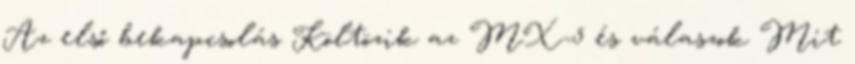
Az első bekapcsolás Költözik az MX-5 és válaszok Mit